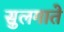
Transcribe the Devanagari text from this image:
सुलगाते